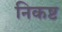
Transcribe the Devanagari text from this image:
निकष्ट